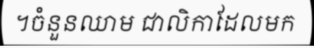
។ចំនួនឈាម ជាលិកាដែលមក